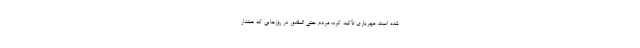
شده است. مهریاری تأکید کرد: مردم حتی المقدور در روزهایی که هشدار